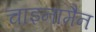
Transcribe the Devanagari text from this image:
चाइनामैन